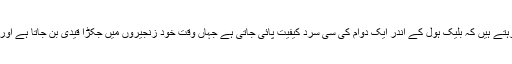
سائنسدان ریاضی کے پیچیدہ فارمولوں کے تحت ہمیں سمجھاتے رہتے ہیں کہ بلیک ہول کے اندر ایک دوام کی سی سرد کیفیت پائی جاتی ہے جہاں وقت خود زنجیروں میں جکڑا قیدی بن جاتا ہے اور روشنی جیسا سبک رفتار غزال بھی اپنی چوکڑیاں بھول جاتا ہے۔